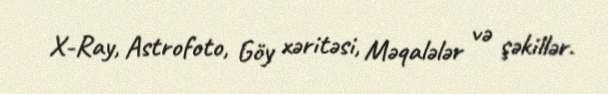
X-Ray, Astrofoto, Göy xəritəsi, Məqalələr və şəkillər.